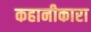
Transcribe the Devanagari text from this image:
कहानीकारा